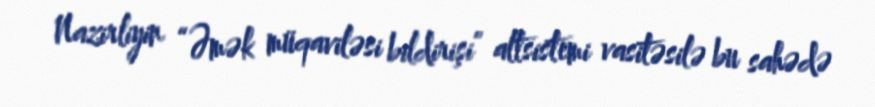
Nazirliyin “Əmək müqaviləsi bildirişi” altsistemi vasitəsilə bu sahədə